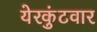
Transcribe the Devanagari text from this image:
येरकुंटवार